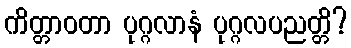
ကိတ္တာဝတာ ပုဂ္ဂလာနံ ပုဂ္ဂလပညတ္တိ?